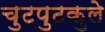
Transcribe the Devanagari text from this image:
चुटपुटकुले